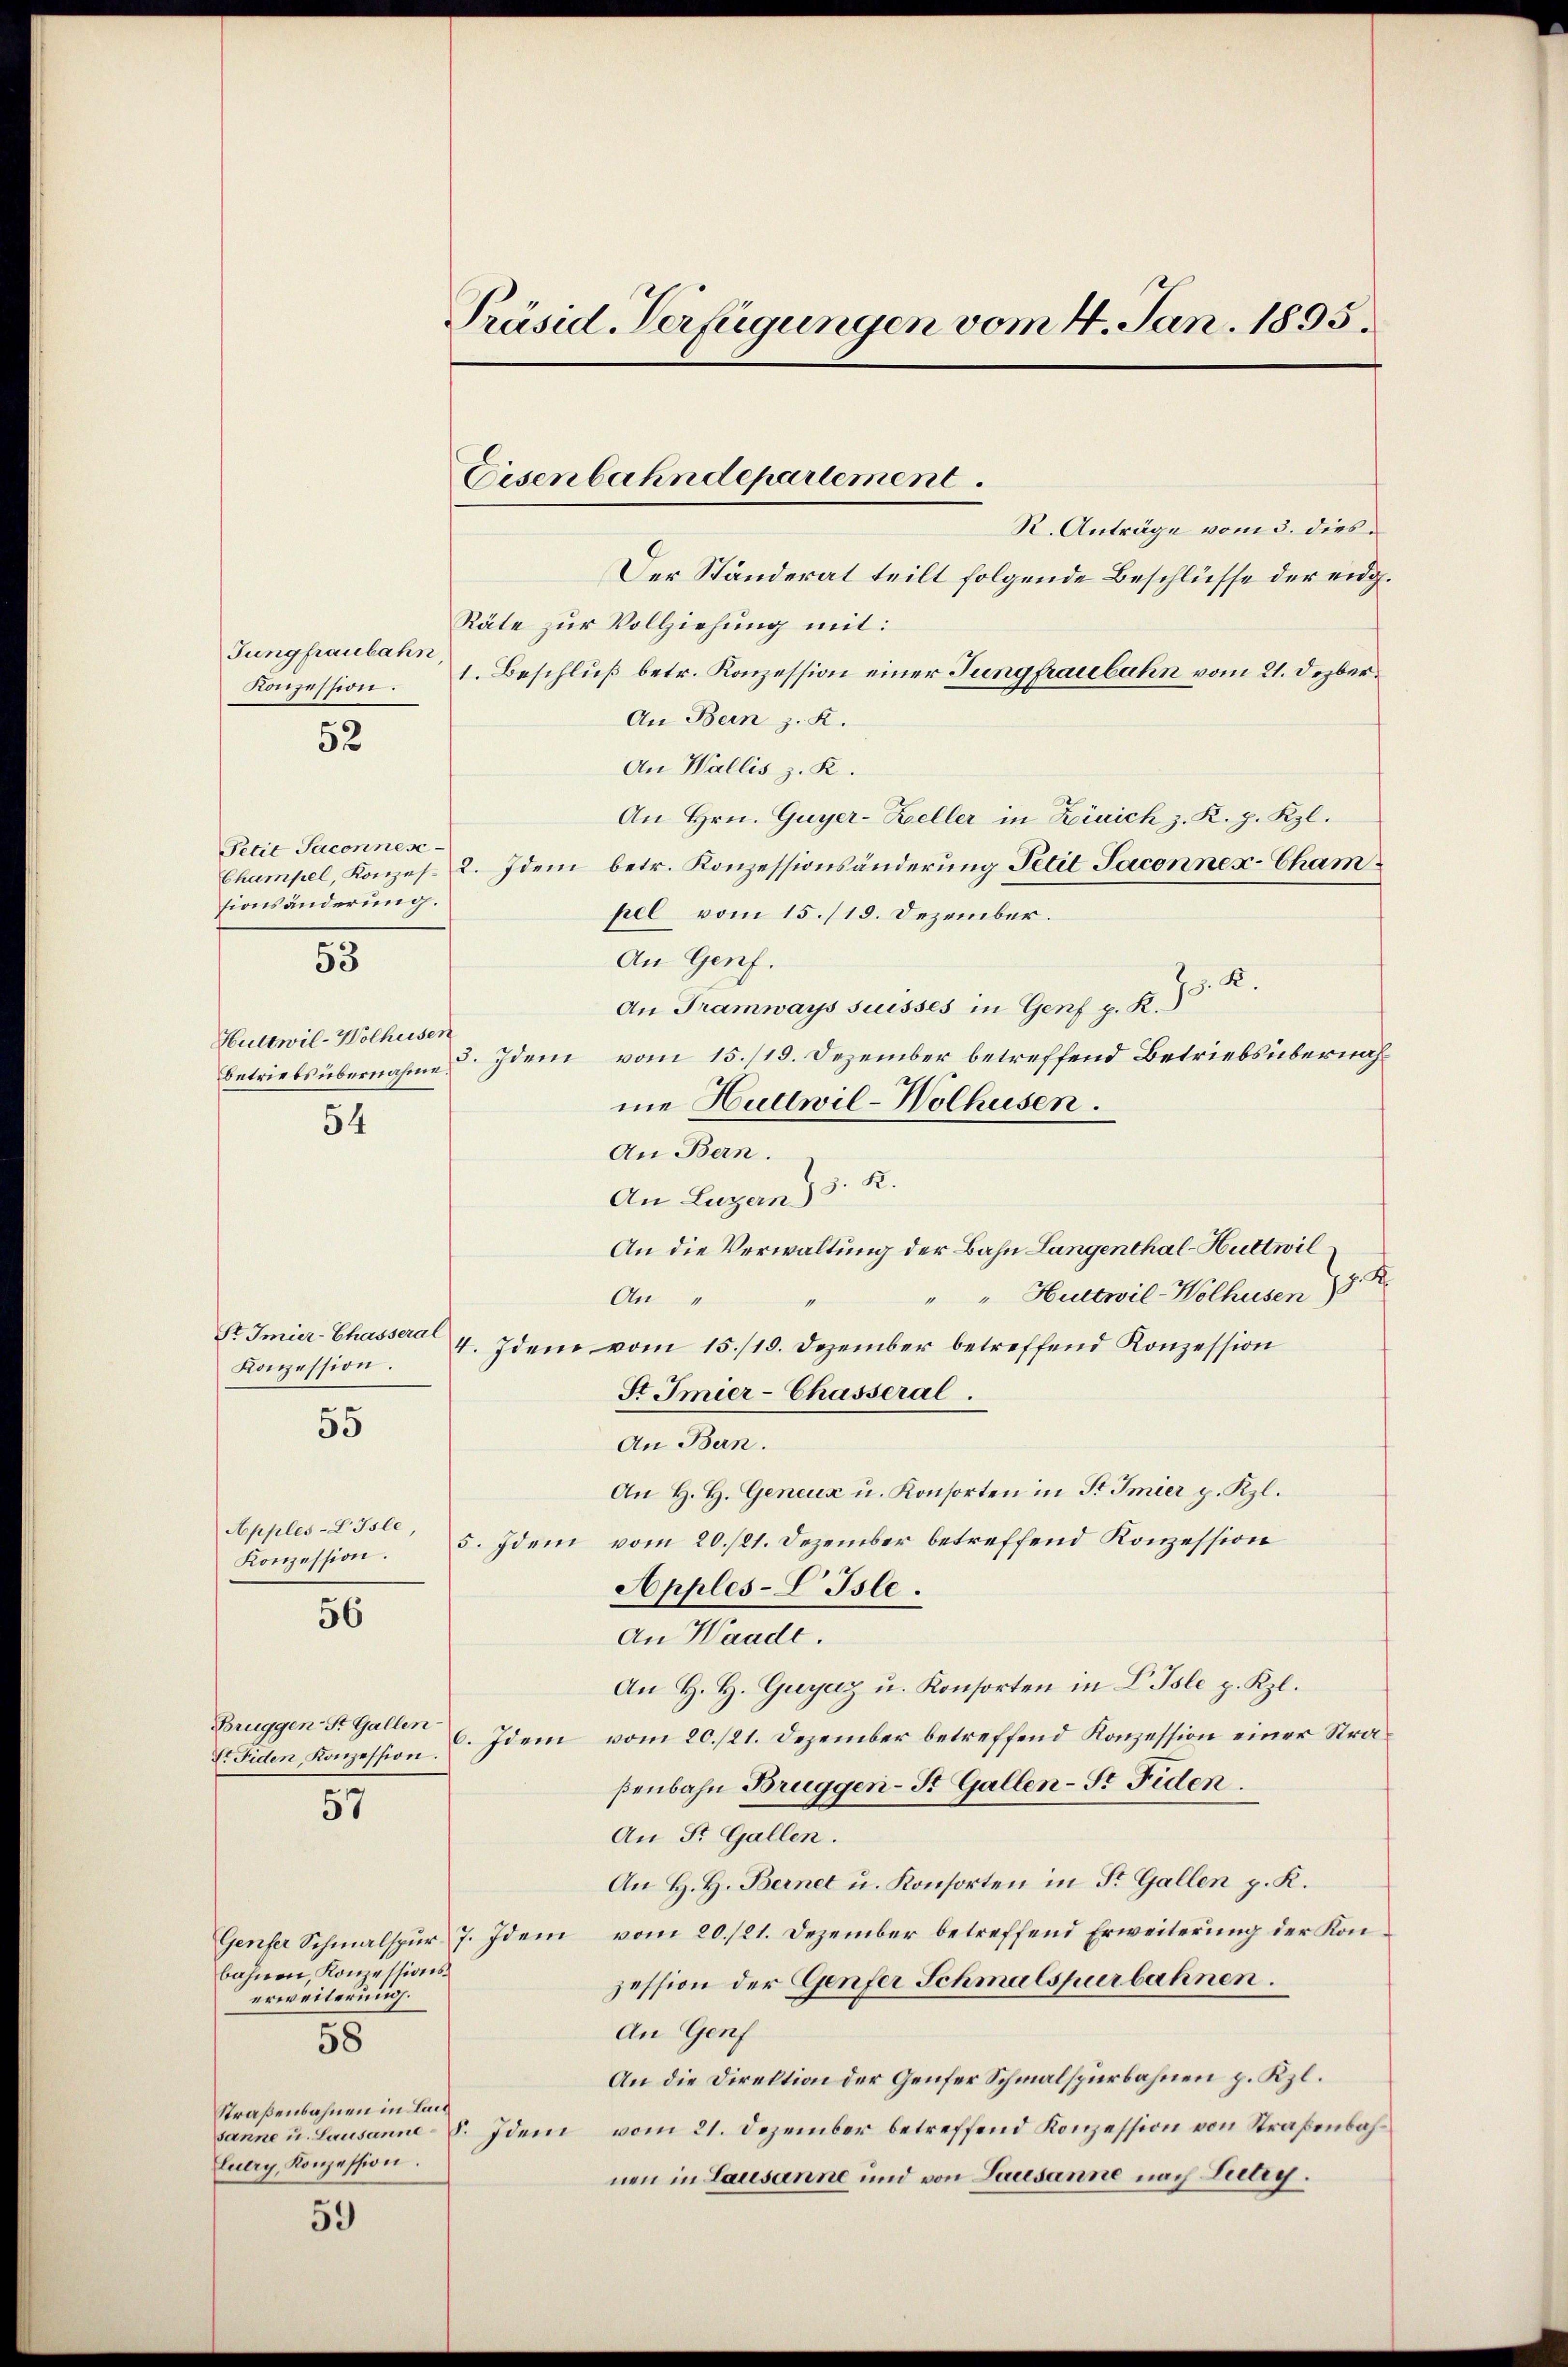
Jungfraubahn,
Konzession.

R. Anträge vom 3. dies
Der Ständerat teilt folgende Beschlüsse der eidg.
Räte zur Vollziehung mit:
1. Beschluß betr. Konzession einer Jungfraubahn vom 21. Dezber¬
An Bern z. R.
An Wallis z. K.
An Hrn. Guyer-Zeller in Zürich z. R. p. Kzl.
Champel, Konzes. 2. Idem betr. Konzessionsänderung Petit Jaconnex-Cham
pel vom 15./13. Dezember.
An Genf.
J. K.
An Tramways suisses in Genf p. K.
Huttwil-Wolheisen
3. Idem vom 15./19. Dezember betreffend Betriebsübernah¬
Betriebs übernahme
me Huttwil-Wolhusen.
54
An Bern.
An Luzern) S. R.
An die Verwaltung der Bahn Langenthal-Huttwil
" " Hultwil-Wolhusen 15 R
An
Sr Imier-Chasseral
4. Idem vom 15./19. Dezember betreffend Konzession
Konzession.
St Imier-Chasseral.
55
An Bern.
An H. H. Geneuz u. Konsorten in St. Imier p. Kzl.
Apples-L Isle
5. Idem vom 20./21. Dezember betreffend Konzession
Konzession.
Apples-S. Isle.
56
An Waadt.
An H. H. Guyaz u. Konsorten in L. Isle p. Kzl.
Bruggen- St. Gallen
E. Fiden, Konzession u. Idem vom 20./21. Dezember betreffend Konzession einer Stra-
ßenbahn Bruggen-St. Gallen-Sr Fiden.
57
An St. Gallen.
An H. H. Bernet u. Konsorten in St. Gallen p. K.
Genfer Schmalspur 7. Ideni vom 20./21. Dezember betreffend Erweiterung der Kon¬
Conzessionsbahnen,
zession der Genfer Schmalspurbahnen.
erweiterung.
An Genf
58
An die Direktion der Genfer Schmalspurbahnen p. Kzl.
Straßenbahnen in Lai
sanne u. Lausanne-S. Idem vom 21. Dezember betreffend Konzession von Straßenbah¬
Cuery, Konzession.
nen in Lausanne und von Lausanne nach Lutry.
59

52

Petit Jaconnes.
sionsänderung.

53

Präsid Verfügungen vom 4. Jan. 1895.

Eisenbahndepartement